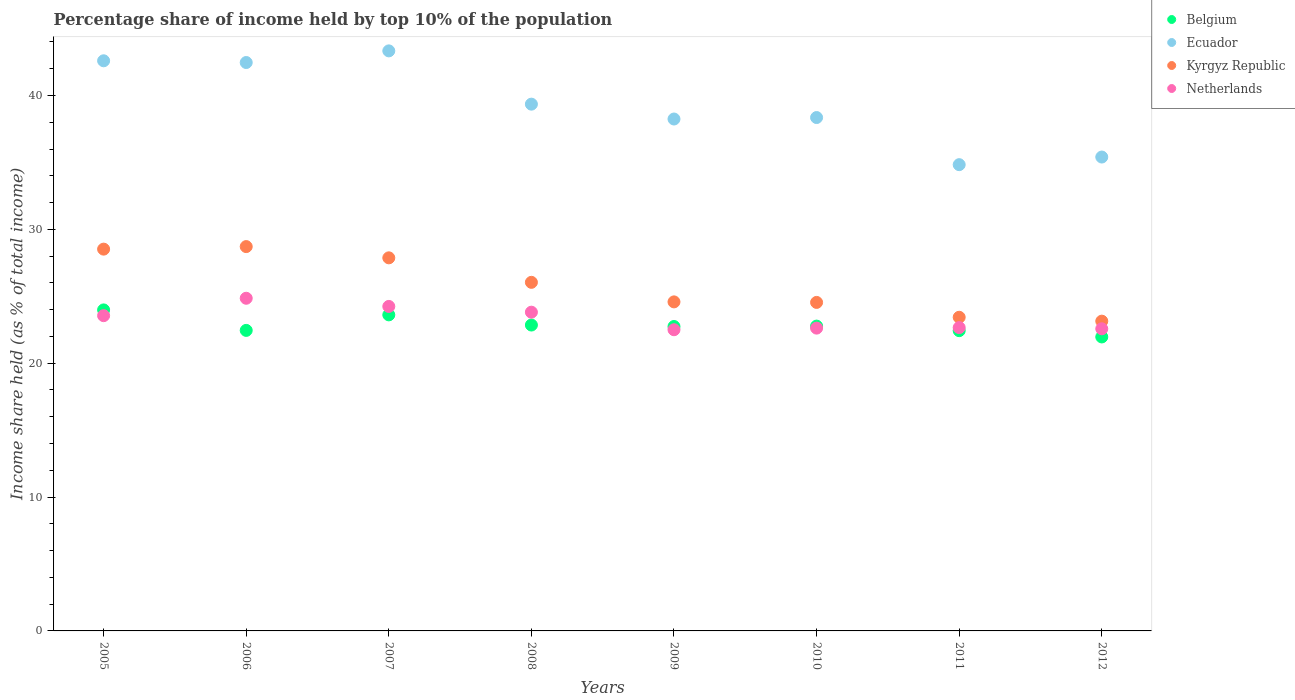
| Years | Belgium | Ecuador | Kyrgyz Republic | Netherlands |
 | --- | --- | --- | --- | --- |
 | 2005 | 24 | 42.6 | 28.5 | 23.6 |
 | 2006 | 22.4 | 42.5 | 28.7 | 24.9 |
 | 2007 | 23.6 | 43.3 | 27.9 | 24.2 |
 | 2008 | 22.9 | 39.4 | 26 | 23.8 |
 | 2009 | 22.7 | 38.2 | 24.6 | 22.5 |
 | 2010 | 22.8 | 38.4 | 24.5 | 22.6 |
 | 2011 | 22.4 | 34.8 | 23.4 | 22.7 |
 | 2012 | 22 | 35.4 | 23.1 | 22.6 |